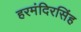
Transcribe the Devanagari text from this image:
हरमंदिरसिंह